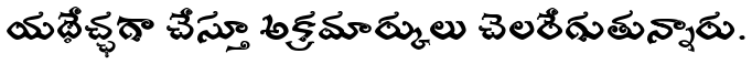
యథేచ్ఛగా చేస్తూ అక్రమార్కులు చెలరేగుతున్నారు.